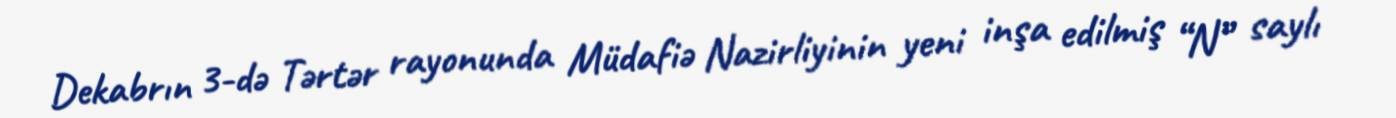
Dekabrın 3-də Tərtər rayonunda Müdafiə Nazirliyinin yeni inşa edilmiş “N” saylı